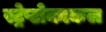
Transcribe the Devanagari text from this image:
स्ट्रेप्टोकाकल